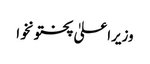
وزیراعلیٰ پختونخوا